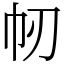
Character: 㠴